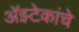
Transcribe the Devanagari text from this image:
अॅझ्टेकांचे